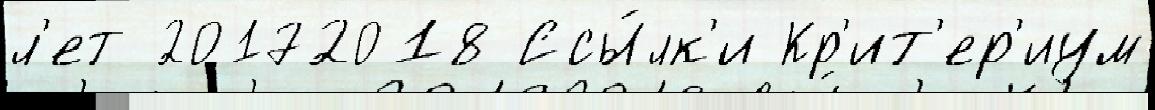
л'ет 20172018 Ссы́лк'и Кр'ит'ер'иум